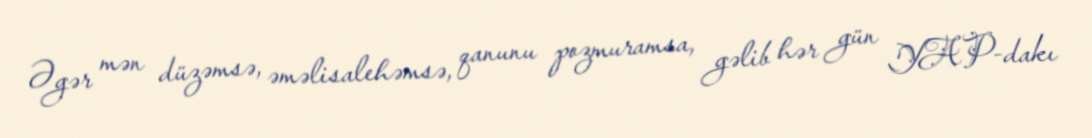
Əgər mən düzəmsə, əməlisalehəmsə, qanunu pozmuramsa, gəlib hər gün YAP-dakı